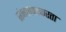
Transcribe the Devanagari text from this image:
संभाषणाकरता